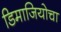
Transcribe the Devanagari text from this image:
डिमाजियोचा